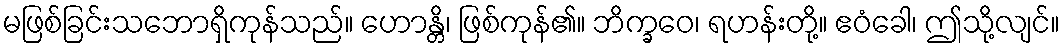
မဖြစ်ခြင်းသဘောရှိကုန်သည်။ ဟောန္တိ၊ ဖြစ်ကုန်၏။ ဘိက္ခဝေ၊ ရဟန်းတို့။ ဧဝံခေါ၊ ဤသို့လျင်။